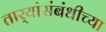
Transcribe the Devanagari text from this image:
तार्‍यांसंबंधीच्या